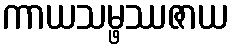
ကာယသမ္ဖဿဇာယ